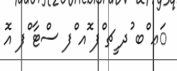
ަޢ ްބ ުދ ީޗ ްފ ޮއ ްފ ސްޓާ ްފ އޮ